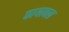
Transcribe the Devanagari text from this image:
छायाबल